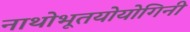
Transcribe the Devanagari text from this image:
नाथोभूतयोयोगिनी